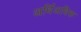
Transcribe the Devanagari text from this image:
अर्धिअधिक